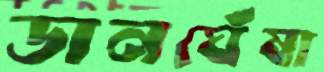
ডানঘেঁষা